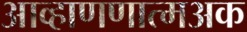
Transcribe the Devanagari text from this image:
आव्हाणणात्मअक